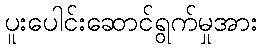
ပူးပေါင်းဆောင်ရွက်မှုအား